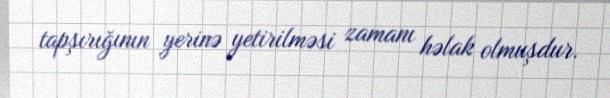
tapşırığının yerinə yetirilməsi zamanı həlak olmuşdur.